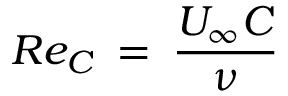
R e _ { C } \: = \: \frac { U _ { \infty } C } { \nu }